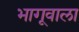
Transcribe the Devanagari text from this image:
भागूवाला